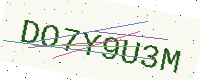
Text: DO7Y9U3M